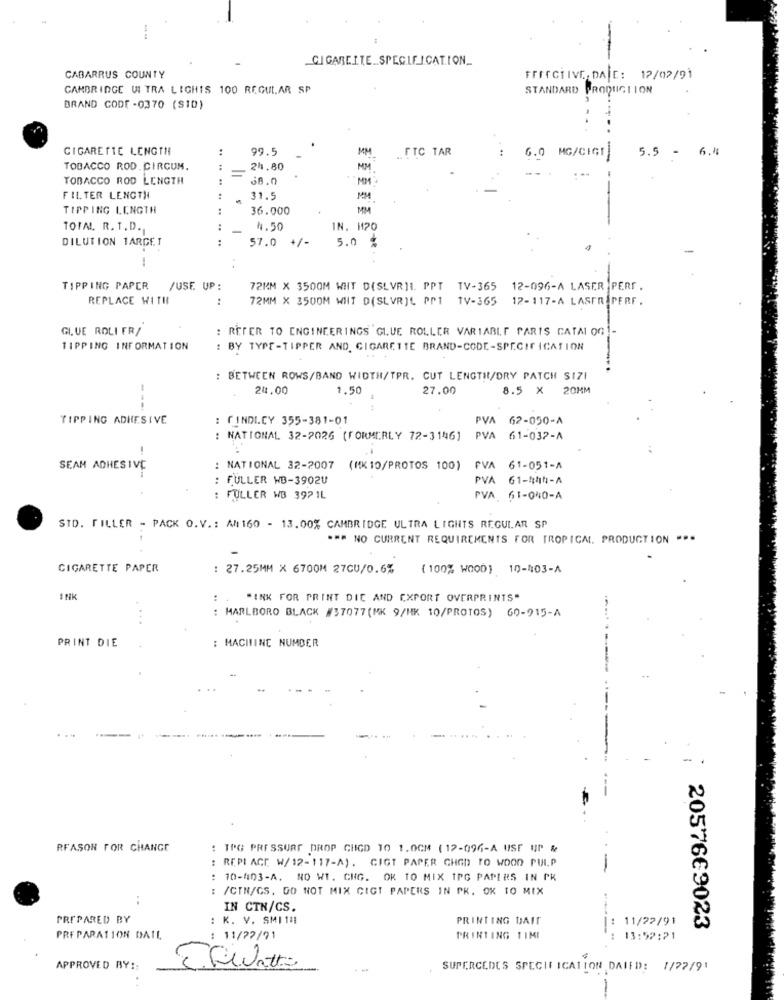
CIGAREITE .. SPECIFICATION_
CABARRUS COUNTY
FFETCHIVE, DATE: 12/02/91
CAMBRIDGE WI TRA LIGHTS 100 REGULAR SP
STANDARD PRODUCTION
BRAND CODE -0370 (S10)
CIGARETTE LENGTH
99.5
MM
.. FTC TAR
5.5 - 6.4
6.0
MG/CIGT
TOBACCO ROD.CIRCUM.
24.80
MM
TOBACCO ROD LENGTH
38.0
MM
FILTER LENGTH
31.5
MM
TIPPING LENGTH
36.000
MM
TOTAL. R. T. D .,
..
-
4.50
IN. H120
DILUTION TARGET
57.0 +/-
5.0 %
TIPPING PAPER
/USE. UP
72MM X 3500M WHT D(SLVRIL PPT TV-365 12-096-A LASER PERF.
REPLACE WITH
..
72MM X 3500M WHT D(SLVRIL PP1 TV-365 12-117-A LASERIPERF.
GLUE ROLI FR/
: REFER TO ENGINEERINGS GLUE ROLLER VARIABLE PARTS CATALOG
TIPPING INFORMATION
: BY TYPE-TIPPER AND. CIGARETTE BRAND-CODE-SPECIFICATION
BETWEEN ROWS/BAND WIDTH/TPR. CUT LENGTH/DRY PATCH S171
24.00
1.50
27.00
8.5 X 20MM
---
TIPPING ADHESIVE
: CINDI.CY 355-381-01
PVA
62-050-A
: NATIONAL 32-2026 (FORMERLY 72-3146]
PVA 61-032-A
SEAM ADHESIVE
: NATIONAL 32-2007
(MK 10/PROTOS 100)
PVA 61-051-A
FULLER WB-3902U
PVA 61-454-A
: FULLER WB 392 1L
PVA 61-040-A
STD. FILLER - PACK O. V .: A#160 - 13.00% CAMBRIDGE ULTRA LIGHTS REGULAR SP
*** NO CURRENT REQUIREMENTS FOR TROPICAL, PRODUCTION ...
CIGARETTE PAPER
: 27.25MM X 6700M 27CU/0.6%
( 100% WOOD) 10-403-A
INK
"INK FOR PRINT DIE AND EXPORT OVERPRINTS"
: MARLBORO BLACK #37077 (MK 9/HK 10/PROTOS) 60-915-A
PRINT DIE
: MACHINE NUMBER
-
REASON FOR CHANGE
: IPG PRESSURE DROP CHIGO TO 1.0CM (12-096-A USE UP %
: REPI ACE W/ 12-117-A). CIGT PAPER CHOD TO WOOD PULP
-
10-403-A. NO WI. CHG. OK TO MIX IPG PAPERS IN PK
/CTN/GS. GO NOT MIX CIGT PAPERS IN PK. OK TO MIX
..
IN CTN/CS.
PREPARED BY
: K. V. SMITH
PRINTING DAIT
: 11/22/91
2057669023
PREPARATION DAIL
: 11/72/91
PRINTING TIMI
13:59:21
APPROVED BY ::
SUPERCEDES SPECIFICATION DAIED: 1/27/91